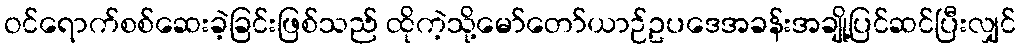
ဝင်ရောက်စစ်ဆေးခဲ့ခြင်းဖြစ်သည် ထိုကဲ့သို့မော်တော်ယာဉ်ဥပဒေအခန်းအချို့ပြင်ဆင်ပြီးလျှင်